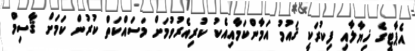
އެޕާޓީގެ ޚިޔާލާއި ފިކުރަކީ ޤައުމު އަމާންކަމާއިއެކު ކުރިއެރުވުމަށް މަސައްކަތް ކުރުން ކަމަށް ޤާސިމް